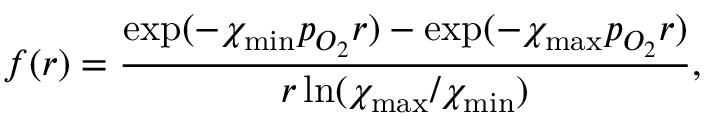
f ( r ) = \frac { \exp ( - \chi _ { \mathrm { m i n } } p _ { O _ { 2 } } r ) - \exp ( - \chi _ { \mathrm { m a x } } p _ { O _ { 2 } } r ) } { r \ln ( \chi _ { \mathrm { m a x } } / \chi _ { \mathrm { m i n } } ) } ,